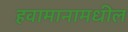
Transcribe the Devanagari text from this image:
हवामानामधील